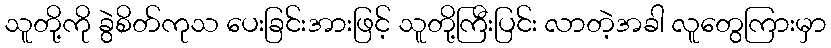
သူတို့ကို ခွဲစိတ်ကုသ ပေးခြင်းအားဖြင့် သူတို့ကြီးပြင်း လာတဲ့အခါ လူတွေကြားမှာ